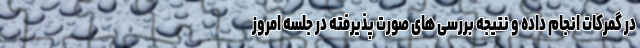
در گمرکات انجام داده و نتیجه بررسی های صورت پذیرفته در جلسه امروز